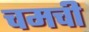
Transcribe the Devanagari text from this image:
चमची